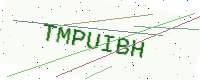
Text: TMPUIBH